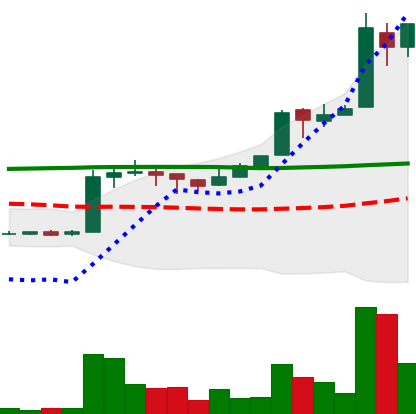
Ticker: EOS-USD
Chart end date: 2018-04-26
Forward return: 22.39%
Label: up_7plus